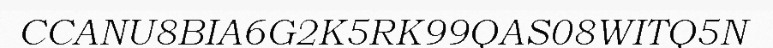
CCANU8BIA6G2K5RK99QAS08WITQ5N